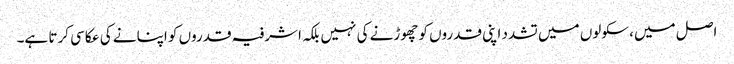
اصل میں، سکولوں میں تشدد اپنی قدروں کو چھوڑنے کی نہیں بلکہ اشرفیہ قدروں کو اپنانے کی عکاسی کرتا ہے۔